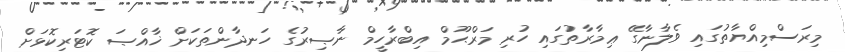
މިރަސްމިއްޔާތުގައި ވެލާނާގޭ ޢިމާރާތުގައި ހުރި މަރްޙޫމް އިބްރާހީމް ނާޞިރުގެ ހަނދާންތަކަށް ޚާއްޞަ ކޮޓަރިކޮޅަށް